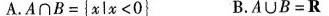
A.$$A \cap B = { x l x < 0 }$$ B.$$A \cap B = R$$